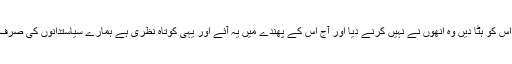
جس شق کا یہ (نواز شریف) شکار ہوئے اس کے لیے پیپلز پارٹی نے ان کے ہاتھ جوڑے تھے کہ اس کو ہٹا دیں وہ انھوں نے نہیں کرنے دیا اور آج اس کے پھندے میں یہ آئے اور یہی کوتاہ نظری ہے ہمارے سیاستدانوں کی صرف فوری فائدے دیکھتے ہیں چیزوں میں وہ جمہوریت کے طویل المدت مفاد میں فیصلے نہیں کرتے۔